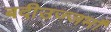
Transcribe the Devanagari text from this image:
बदीउज्जमाँ